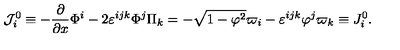
{ \cal J } _ { i } ^ { 0 } \equiv - \frac \partial { \partial x } \Phi ^ { i } - 2 \varepsilon ^ { i j k } \Phi ^ { j } \Pi _ { k } = - \sqrt { 1 - { \varphi } ^ { 2 } } \varpi _ { i } - \varepsilon ^ { i j k } \varphi ^ { j } \varpi _ { k } \equiv J _ { i } ^ { 0 } .